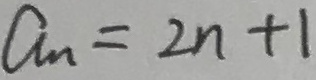
a _ { n } = 2 n + 1